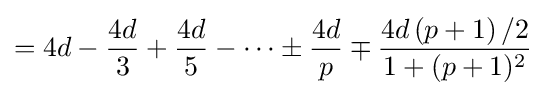
=4d-{\frac {4d}{3}}+{\frac {4d}{5}}-\cdots \pm {\frac {4d}{p}}\mp {\frac {4d\left(p+1\right)/2}{1+(p+1)^{2}}}